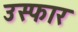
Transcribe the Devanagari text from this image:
उस्फार